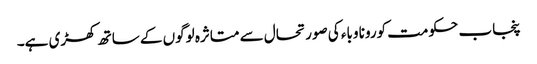
پنجاب حکومت کورونا وباء کی صورتحال سے متاثرہ لوگوں کے ساتھ کھڑی ہے۔